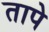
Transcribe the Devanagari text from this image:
तापे